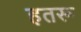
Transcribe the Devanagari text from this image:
हतरू